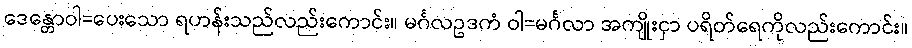
ဒေန္တောဝါ=ပေးသော ရဟန်းသည်လည်းကောင်း။ မင်္ဂလဥဒကံ ဝါ=မင်္ဂလာ အကျိုးငှာ ပရိတ်ရေကိုလည်းကောင်း။